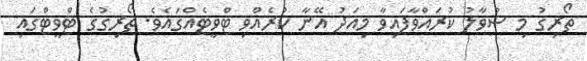
ތޯރިގު މި ސުވާލު ކުރައްވާފައިވާ މިއަދު އޭނާ ކުރެއްވި ޓްވީޓެއްގައެވެ. ތޯރިގުގެ ޓްވީޓްގައި